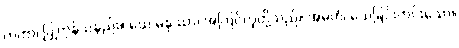
ကတာ၊ ပြုကုန်သနည်း။ ယေ မနုဿာ၊ အကြင်လူတို့သည်။ အမတံ၊ သေခြင်းကင်းသော။